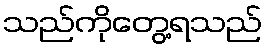
သည်ကိုတွေ့ရသည်